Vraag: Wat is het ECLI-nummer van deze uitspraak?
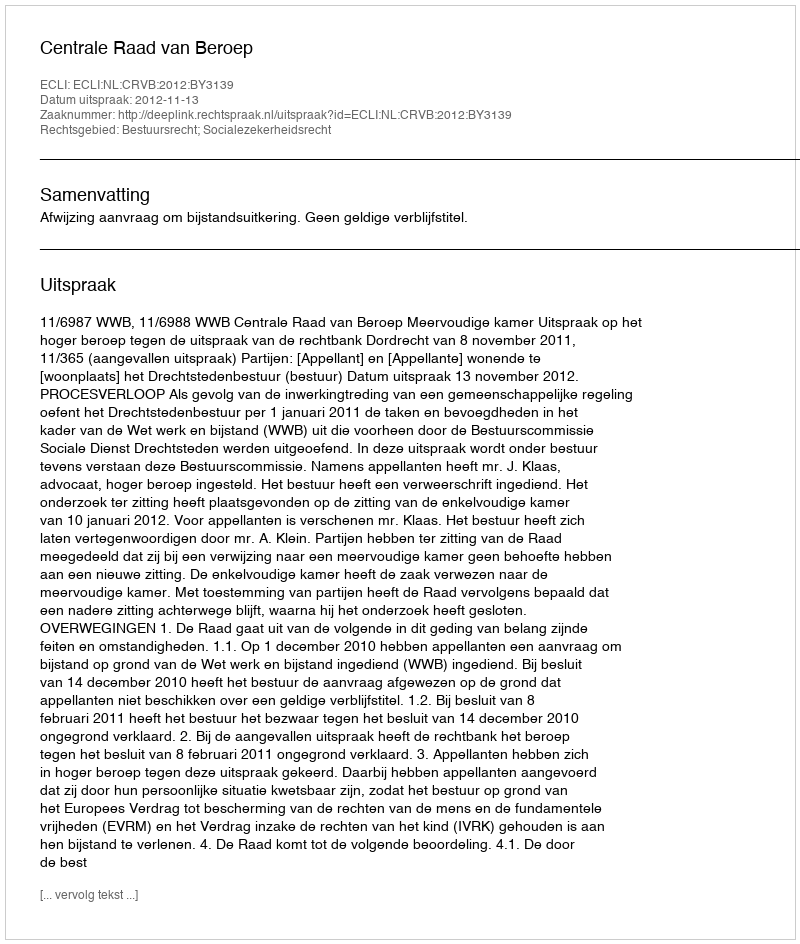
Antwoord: ECLI:NL:CRVB:2012:BY3139